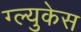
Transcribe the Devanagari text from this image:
ग्ल्युकेस